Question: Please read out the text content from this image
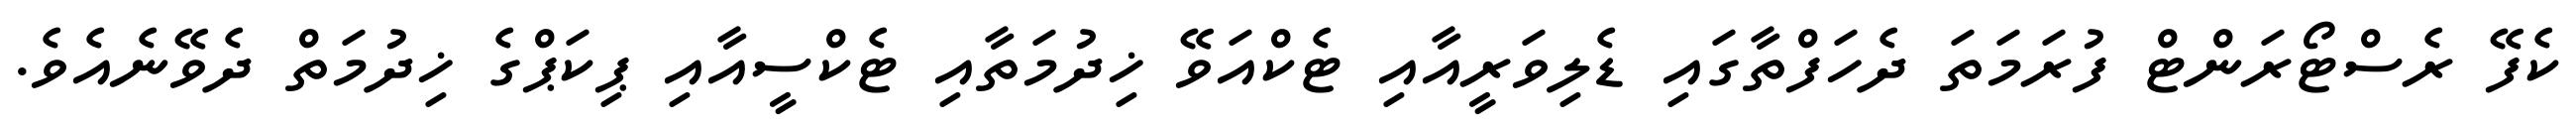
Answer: ކެފޭ ރެސްޓޯރަންޓް ފުރަމަތަ ދެހަފްތާގައި ޑެލިވަރީއާއި ޓެކްއަވޭ ޚިދުމަތާއި ޓެކްސީއާއި ޕިކަޕްގެ ޚިދުމަތް ދެވޭނެއެވެ.